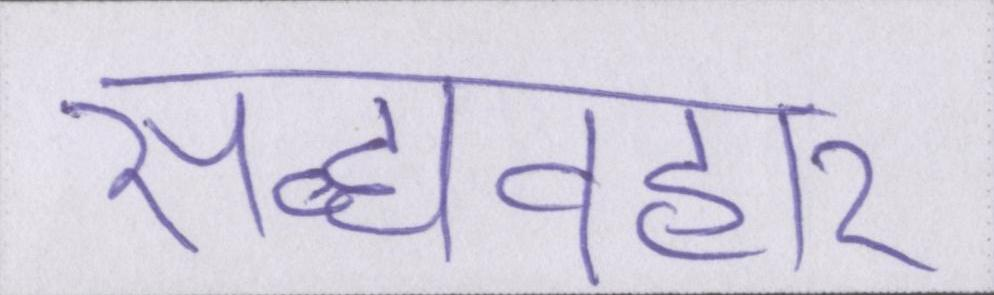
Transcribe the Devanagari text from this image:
सद्व्यवहार